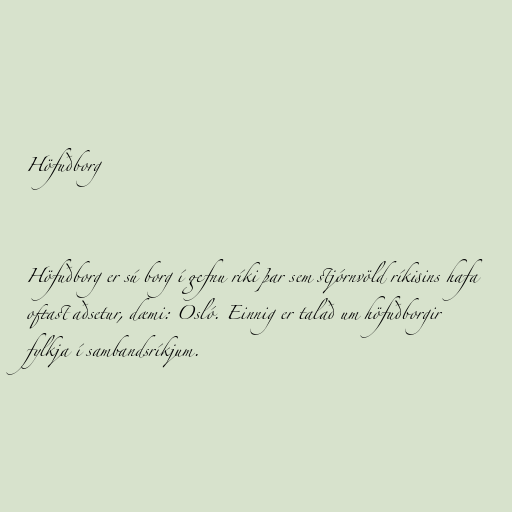
Höfuðborg

Höfuðborg er sú borg í gefnu ríki þar sem stjórnvöld ríkisins hafa
oftast aðsetur, dæmi: Osló. Einnig er talað um höfuðborgir
fylkja í sambandsríkjum.